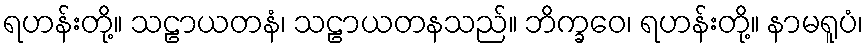
ရဟန်းတို့။ သဠာယတနံ၊ သဠာယတနသည်။ ဘိက္ခဝေ၊ ရဟန်းတို့။ နာမရူပံ၊